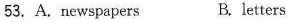
53. A.newspapers B.letters